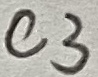
Text: C3